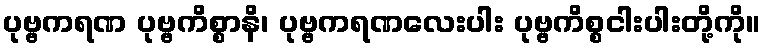
ပုဗ္ဗကရဏ ပုဗ္ဗကိစ္စာနိ၊ ပုဗ္ဗကရဏလေးပါး ပုဗ္ဗကိစ္စငါးပါးတို့ကို။